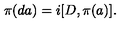
\pi ( d a ) = i [ D , \pi ( a ) ] .